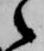
之